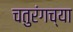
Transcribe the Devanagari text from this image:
चतुरंगच्या